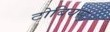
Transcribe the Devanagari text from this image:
टोबियस